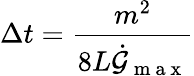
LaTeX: \Delta t=\frac{m^{2}}{8L\dot{\mathcal{G}}_{\mathrm{~m~a~x~}}}